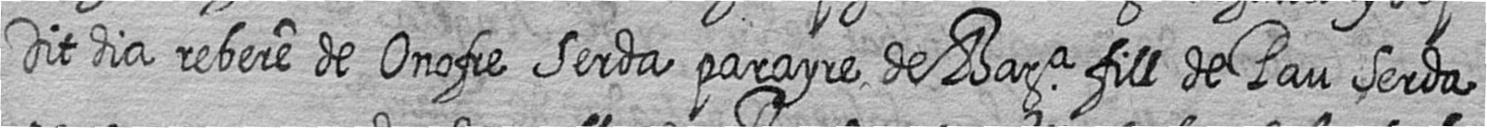
Dit dia rebere de Onofre Serda parayre de Bara fill de Pau Serda